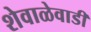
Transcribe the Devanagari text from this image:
शेवाळेवाडी